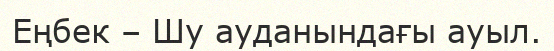
Еңбек – Шу ауданындағы ауыл.